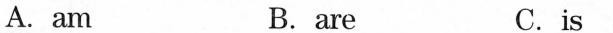
A. am B. are C.is